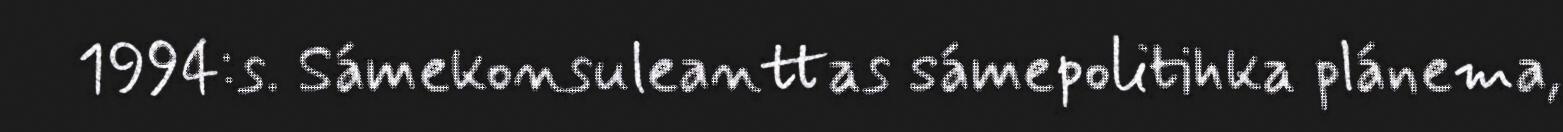
1994:s. Sámekonsuleanttas sámepolitihka plánema,